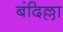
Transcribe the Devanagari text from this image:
बंदिल्ला